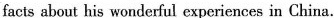
facts about his wonderful experiences in China.